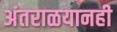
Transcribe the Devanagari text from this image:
अंतराळयानही